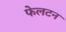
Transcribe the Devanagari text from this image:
फेलटन